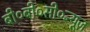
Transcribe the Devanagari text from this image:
बी०बी०सी०न्यूज़